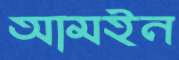
আমইন